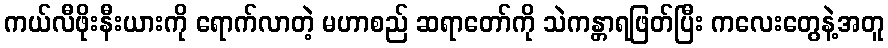
ကယ်လီဖိုးနီးယားကို ရောက်လာတဲ့ မဟာစည် ဆရာတော်ကို သဲကန္တာရဖြတ်ပြီး ကလေးတွေနဲ့အတူ